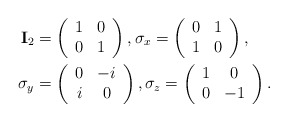
\begin{align*}\mathbf{I}_2&=\left( \begin{array}{cc} 1 & 0 \\ 0 & 1 \end{array}\right), \mathbf{\sigma}_x =\left( \begin{array}{cc} 0 & 1 \\ 1 & 0 \end{array}\right), \\\mathbf{\sigma}_y&=\left( \begin{array}{cc} 0 & -i \\ i & 0 \end{array}\right), \mathbf{\sigma}_z =\left( \begin{array}{cc} 1 & 0 \\ 0 & -1 \end{array}\right).\end{align*}